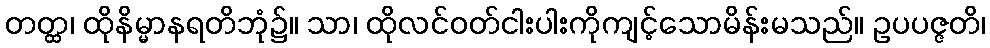
တတ္ထ၊ ထိုနိမ္မာနရတိဘုံ၌။ သာ၊ ထိုလင်ဝတ်ငါးပါးကိုကျင့်သောမိန်းမသည်။ ဥပပဇ္ဇတိ၊